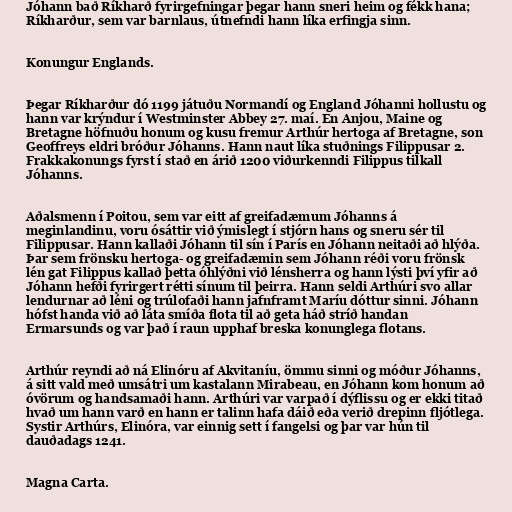
Jóhann bað Ríkharð fyrirgefningar þegar hann sneri heim og fékk hana;
Ríkharður, sem var barnlaus, útnefndi hann líka erfingja sinn.

Konungur Englands.

Þegar Ríkharður dó 1199 játuðu Normandí og England Jóhanni hollustu og
hann var krýndur í Westminster Abbey 27. maí. En Anjou, Maine og
Bretagne höfnuðu honum og kusu fremur Arthúr hertoga af Bretagne, son
Geoffreys eldri bróður Jóhanns. Hann naut líka stuðnings Filippusar 2.
Frakkakonungs fyrst í stað en árið 1200 viðurkenndi Filippus tilkall
Jóhanns.

Aðalsmenn í Poitou, sem var eitt af greifadæmum Jóhanns á
meginlandinu, voru ósáttir við ýmislegt í stjórn hans og sneru sér til
Filippusar. Hann kallaði Jóhann til sín í París en Jóhann neitaði að hlýða.
Þar sem frönsku hertoga- og greifadæmin sem Jóhann réði voru frönsk
lén gat Filippus kallað þetta óhlýðni við lénsherra og hann lýsti því yfir að
Jóhann hefði fyrirgert rétti sínum til þeirra. Hann seldi Arthúri svo allar
lendurnar að léni og trúlofaði hann jafnframt Maríu dóttur sinni. Jóhann
hófst handa við að láta smíða flota til að geta háð stríð handan
Ermarsunds og var það í raun upphaf breska konunglega flotans.

Arthúr reyndi að ná Elinóru af Akvitaníu, ömmu sinni og móður Jóhanns,
á sitt vald með umsátri um kastalann Mirabeau, en Jóhann kom honum að
óvörum og handsamaði hann. Arthúri var varpað í dýflissu og er ekki titað
hvað um hann varð en hann er talinn hafa dáið eða verið drepinn fljótlega.
Systir Arthúrs, Elinóra, var einnig sett í fangelsi og þar var hún til
dauðadags 1241.

Magna Carta.